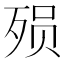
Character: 殒